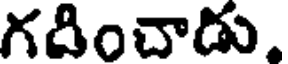
గదించాడు.